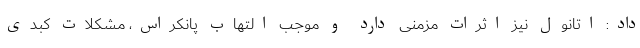
داد: اتانول نیز اثرات مزمنی دارد و موجب التهاب پانکراس، مشکلات کبدی